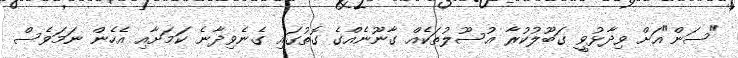
"ސަން"އަށް ވިދާޅުވީ ގަބޫލުކުރާ އުސޫލުތަކެއް ގާނޫނެއްގެ ގޮތުގައި ގެނެވިދާނެ ކަމަށާއި އެހެން ނަމަވެސް